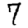
Digit: 7